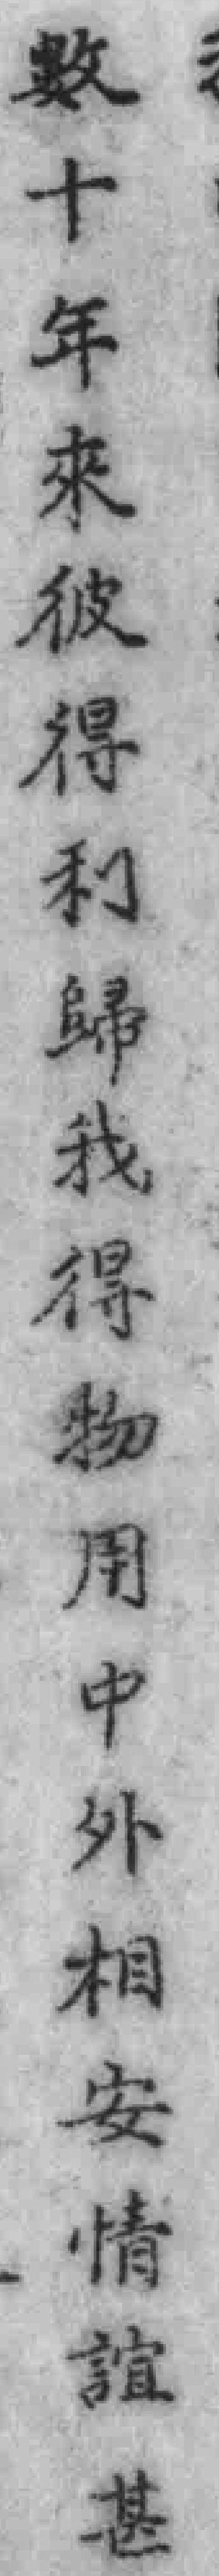
数十年来彼得利歸我得物用中外相安情誼甚